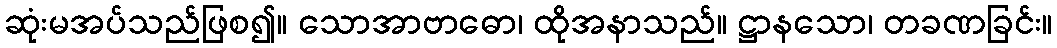
ဆုံးမအပ်သည်ဖြစ၍။ သောအာဗာဓော၊ ထိုအနာသည်။ ဋ္ဌာနသော၊ တခဏခြင်း။